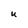
Character: U